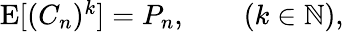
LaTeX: \begin{array}{r}{\operatorname{E}[(C_{n})^{k}]=P_{n},\qquad(k\in\mathbb{N}),}\end{array}